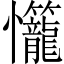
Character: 𭟬